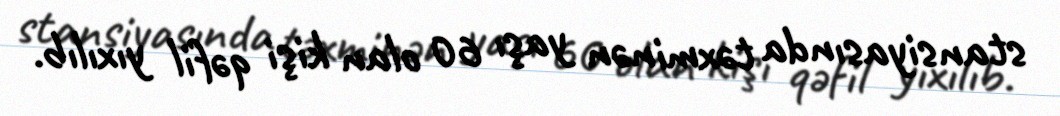
stansiyasında təxminən yaşı 60 olan kişi qəfil yıxılıb.